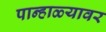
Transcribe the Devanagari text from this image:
पान्हाळ्यावर